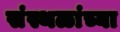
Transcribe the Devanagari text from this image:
संस्थळांच्या